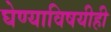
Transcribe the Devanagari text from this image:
घेण्याविषयीही